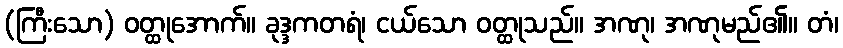
(ကြီးသော) ဝတ္ထုအောက်။ ခုဒ္ဒကတရံ၊ ငယ်သော ဝတ္ထုသည်။ အဏု၊ အဏုမည်၏။ တံ၊